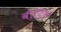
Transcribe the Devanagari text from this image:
वीट्रिस